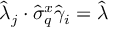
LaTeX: \hat { \lambda } _ { j } \cdot \hat { \sigma } _ { q } ^ { x } \hat { \gamma } _ { i } = \hat { \lambda }